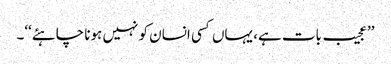
’’عجیب بات ہے، یہاں کسی انسان کو نہیں ہونا چاہئے‘‘۔